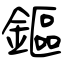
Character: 鏂